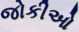
જોકીઓ